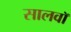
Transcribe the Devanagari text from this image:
सालवाॅ